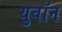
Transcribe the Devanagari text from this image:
युवॉन